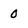
Character: 0